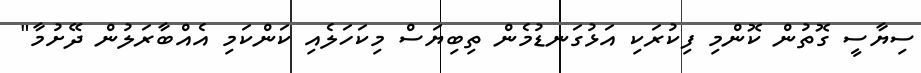
ސިޔާސީ ގޮތުން ކޮންމި ފިކުރަކި އަޅުގަނޑުމެން ތިބިޔަސް މިކަހަލެއި ކަންކަމި އެއްބާރަލުން ދޭށުމާ"